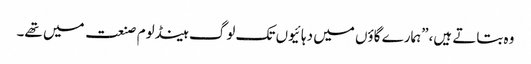
وہ بتاتے ہیں،”ہمارے گاؤں میں دہائیوں تک لوگ ہینڈلوم صنعت میں تھے۔